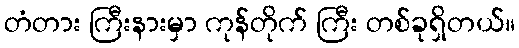
တံတား ကြီးနားမှာ ကုန်တိုက် ကြီး တစ်ခုရှိတယ်။